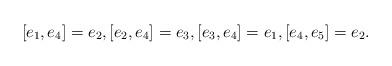
LaTeX: \begin{gather*}[e_1, e_4]= e_2,[e_2, e_4]= e_3,[e_3, e_4]= e_1,[e_4, e_5]=e_2.\end{gather*}